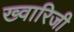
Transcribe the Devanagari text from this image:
ख्वारिजी